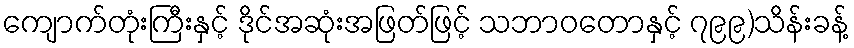
ကျောက်တုံးကြီးနှင့် ဒိုင်အဆုံးအဖြတ်ဖြင့် သဘာဝတောနှင့် ၇၉၉)သိန်းခန့်